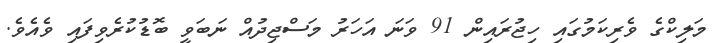
މަލިކްގެ ވެރިކަމުގައި ހިޖުރައިން 91 ވަނަ އަހަރު މަސްޖިދުއް ނަބަވީ ބޮޑުކުރެވިފައި ވެއެވެ.